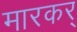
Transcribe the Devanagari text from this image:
मारकर्